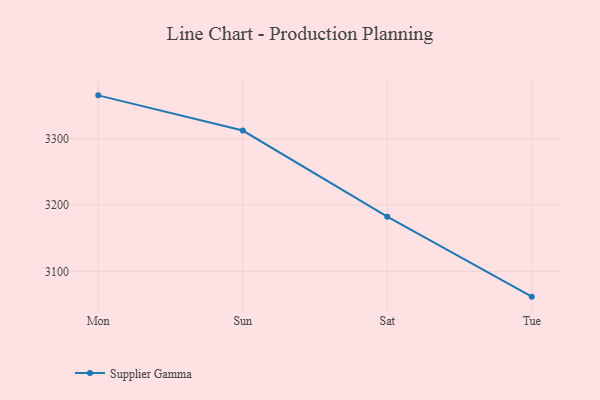
{"axis": {"x": "Day", "y": "Churn Rate (%)"}, "legend": ["Supplier Gamma"], "data": [{"x": "Mon", "y": 3365.4, "type": "Supplier Gamma"}, {"x": "Sun", "y": 3312.3, "type": "Supplier Gamma"}, {"x": "Sat", "y": 3182.4, "type": "Supplier Gamma"}, {"x": "Tue", "y": 3061.8, "type": "Supplier Gamma"}]}